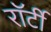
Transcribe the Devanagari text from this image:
रॉर्टी